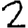
Digit: 2